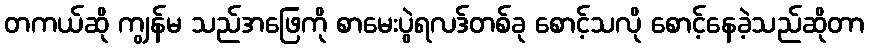
တကယ်ဆို ကျွန်မ သည်အဖြေကို စာမေးပွဲရလဒ်တစ်ခု စောင့်သလို စောင့်နေခဲ့သည်ဆိုတာ